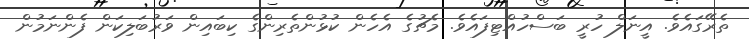
ތެރޭގައެވެ. އީނަލް ހުރީ ބަސްހުއްޓިފައެވެ. މެޗުގެ އެހެން ކުޅުންތެރިންގެ ކިބައިން ވަރުބަލިކަން ފެންނަމުން